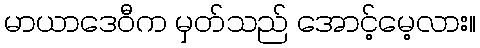
မာယာဒေဝီက မှတ်သည် အောင့်မေ့လား။